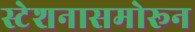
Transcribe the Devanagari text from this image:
स्टेशनासमोरून